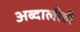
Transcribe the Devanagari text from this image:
अब्दालीही